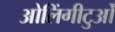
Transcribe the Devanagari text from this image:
ओलिंगीटुओं